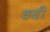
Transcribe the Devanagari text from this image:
ठयी